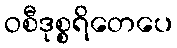
ဝစီဒုစ္စရိတေပေ